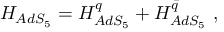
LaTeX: { \cal H } _ { A d S _ { 5 } } = { \cal H } _ { A d S _ { 5 } } ^ { q } + { \cal H } _ { A d S _ { 5 } } ^ { \bar { q } } \ ,